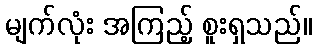
မျက်လုံး အကြည့် စူးရှသည်။